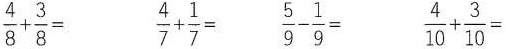
$$\frac { 4 } { 8 } + \frac { 3 } { 8 } =$$ $$\frac { 4 } { 7 } + \frac { 1 } { 7 } =$$ $$\frac { 5 } { 9 } + \frac { 1 } { 9 } =$$ $$\frac { 4 } { 10 } + \frac { 3 } { 10 } =$$